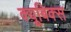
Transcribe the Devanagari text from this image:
क्यूबिक्स